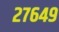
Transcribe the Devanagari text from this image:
२७६४९